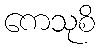
ကေသုစိ